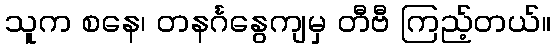
သူက စနေ၊ တနင်္ဂနွေကျမှ တီဗီ ကြည့်တယ်။